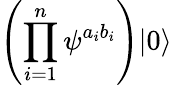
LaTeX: \left(\prod_{i=1}^{n}\psi^{a_{i}b_{i}}\right)|0\rangle